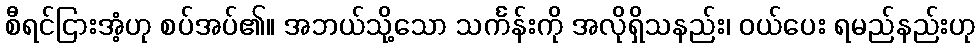
စီရင်ငြားအံ့ဟု စပ်အပ်၏။ အဘယ်သို့သော သင်္ကန်းကို အလိုရှိသနည်း၊ ဝယ်ပေး ရမည်နည်းဟု